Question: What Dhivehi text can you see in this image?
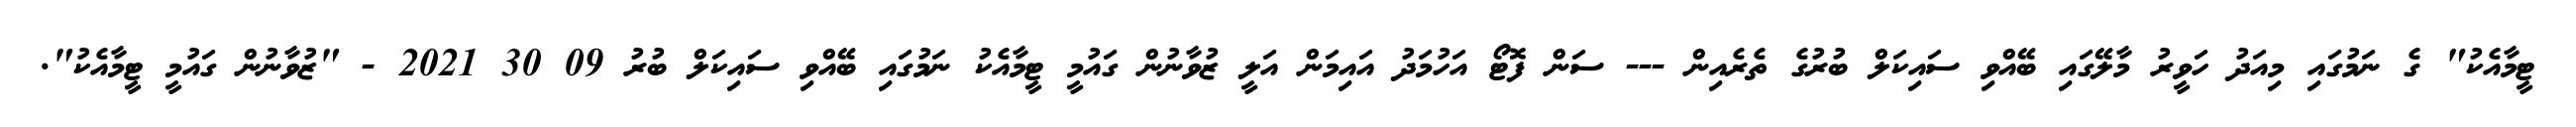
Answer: ޓީމާއެކު" ގެ ނަމުގައި މިއަދު ހަވީރު މާލޭގައި ބޭއްވި ސައިކަލް ބުރުގެ ތެރެއިން --- ސަން ފޮޓޯ އަހުމަދު އައިމަން އަލީ ޒުވާނުން ގައުމީ ޓީމާއެކު ނަމުގައި ބޭއްވި ސައިކަލް ބުރު 09 30 2021 - "ޒުވާނުން ގައުމީ ޓީމާއެކު".